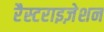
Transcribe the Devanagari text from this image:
रैस्टराइज़ेशन